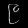
Digit: ၉